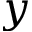
y